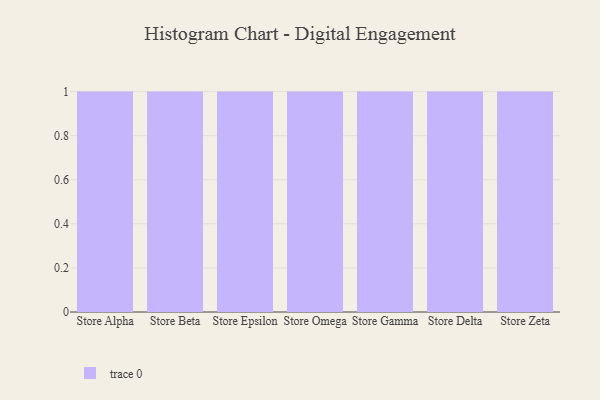
{"axis": {"x": "Store", "y": "LTV (USD)"}, "legend": [""], "data": [{"x": "Store Alpha", "y": 13, "type": ""}, {"x": "Store Beta", "y": 55, "type": ""}, {"x": "Store Epsilon", "y": 10, "type": ""}, {"x": "Store Omega", "y": 14, "type": ""}, {"x": "Store Gamma", "y": 62, "type": ""}, {"x": "Store Delta", "y": 86, "type": ""}, {"x": "Store Zeta", "y": 82, "type": ""}]}